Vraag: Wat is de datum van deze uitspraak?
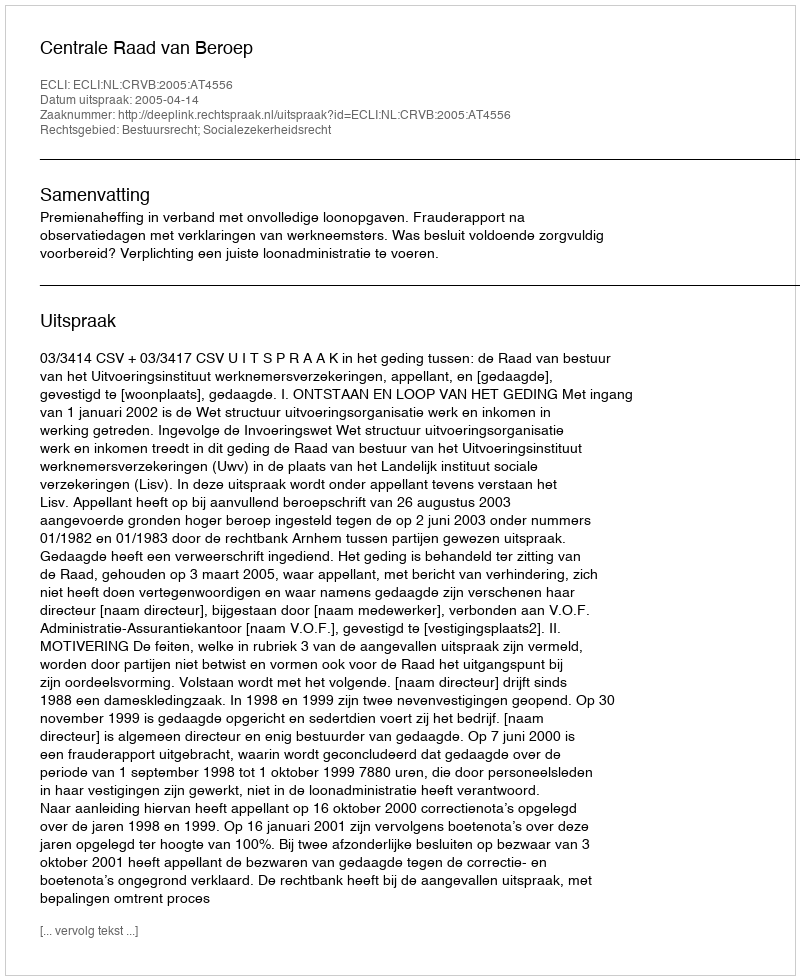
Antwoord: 2005-04-14